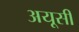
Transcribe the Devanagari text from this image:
अयूसी